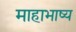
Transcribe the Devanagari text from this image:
माहाभाष्य